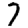
Digit: 7